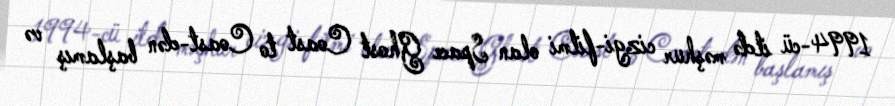
1994-cü ildə məşhur cizgi-filmi olan Space Ghost Coast to Coast-dən başlamış və